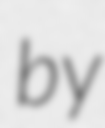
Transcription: by